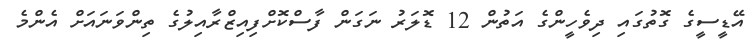
އޭޑީސީގެ ގޮތުގައި ދިވެހީންގެ އަތުން 12 ޑޮލަރު ނަގަން ފާސްކޮށްފިއިޒްރާއިލުގެ ތިންވަނައަށް އެންމެ